Report of the Indian Hemp Drugs Commission, 1894-1895 - Volume VII
Year: 1894
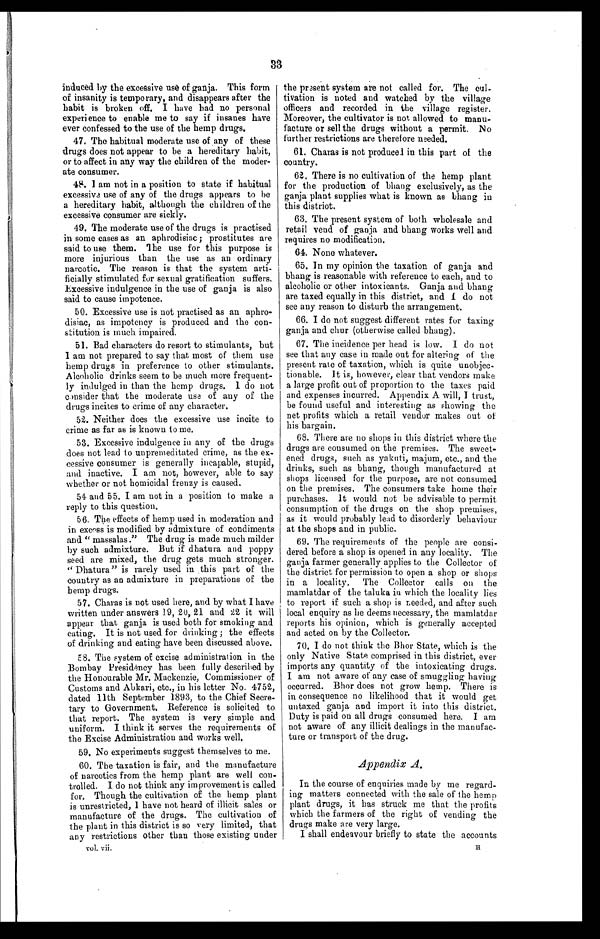
induced by the excessive use of ganja. This form
of insanity is temporary, and disappears after the
habit is broken off. I have had no personal
experience to enable me to say if insanes have
ever confessed to the use of the hemp drugs.
47. The habitual moderate use of any of these
drugs does not appear to be a hereditary habit,
or to affect in any way the children of the moder
-ate consumer.
48. I am not in a position to state if habitual
excessive use of any of the drugs appears to be
a hereditary habit, although the children of the
excessive consumer are sickly.
49.The moderate use of the drugs is practised
in some cases as an aphrodisiac ; prostitutes are
said to use them. The use for this purpose is
more injurious than the use as an ordinary
narcotic. The reason is that the system arti
-ficially stimulated for sexual gratification suffers.
Excessive indulgence in the use of ganja is also
said to cause impotence
.
50.Excessive use is not practised as an aphro
-disiac, as impotency is produced and the con
-stitution is much impaired.
51.Bad characters do resort to stimulants, but
I am not prepared to say that most of them use
hemp drugs in preference to other stimulants.
Alcoholic drinks seem to be much more frequent
-ly indulged in than the hemp drugs. I do not
consider that the moderate use of any of the
drugs incites to crime of any character
.
52. Neither does the excessive use incite to
crime as far as is known to me.
53. Excessive indulgence in any of the drugs
does not lead to unpremeditated crime, as the ex
-cessive consumer is generally incapable, stupid,
and inactive. I am not, however, able to say
whether or not homicidal frenzy is caused.
54. and 55. I am not in a position to make a
reply to this question.
56.The effects of hemp used in moderation and
in excess is modified by admixture of condiments
and " massalas." The drug is made much milder
by such admixture. But if dhatura and poppy
seed are mixed, the drug gets much stronger.
" Dhatura" is rarely used in this part of the
country as an admixture in preparations of the
hemp drugs.
57.Charas is not used here, and by what I have
written under answers 19,20, 21 and 22 it will
appear that ganja is used both for smoking and
eating. It is not used for drinking ; the effects
of drinking and eating have been discussed above
.
58. The system of excise administration in the
Bombay Presidency has been fully described by
the Honourable Mr. Mackenzie, Commissioner of
Customs and Abkari, etc., in his letter No. 4752,
dated 11th September 1893, to the Chief Secre
-tary to Government. Reference is solicited to
that report. The system is very simple and
uniform. I think it serves the requirements of
the Excise Administration and works well.
59.No experiments suggest themselves to me.
60 The taxation is fair, and the manufacture
of narcotics from the hemp plant are well con
-trolled. I do not think any improvement is called
for. Though the cultivation of the hemp plant
is unrestricted, I have not heard of illicit sales or
manufacture of the drugs. The cultivation of
the plant in this district is so very limited, that
any restrictions other than those existing under
vol. vii,
the present system are not called for. The cul
- t i v a t i o n i s n o t e d a n d w a t c h e d b y t h e v i l l a g e
officers and recorded in the village register.
Moreover, the cultivator is not allowed to manu
- f a c t u r e o r s e l l t h e d r u g s w i t h o u t a p e r m i t . N o
further restrictions are therefore needed.
6 1 . C h a r a s i s n o t p r o d u c e d i n t h i s p a r t o f t h e
country.
6 2 . T h e r e i s n o c u l t i v a t i o n o f t h e h e m p p l a n t
for the production of bhang exclusively, as the
ganja plant supplies what is known as bhang in
this distriot.
6 3 . T h e p r e s e n t s y s t e m o f b o t h w h o l e s a l e a n d
retail vend of ganja and bhang works well and
requires no modification.
6 4 . N o n e w h a t e v e r .
6 5 . I n m y o p i n i o n t h e t a x a t i o n o f g a n j a a n d
bhang is reasonable with reference to each, and to
alcoholic or other intoxicants. Ganja and bhang
are taxed equally in this district, and I do not
see any reason to disturb the arrangement.
6 6 . I d o n o t s u g g e s t d i f f e r e n t r a t e s f o r t a x i n g
ganja and chur (otherwise called bhang).
6 7 . T h e i n c i d e n c e p e r h e a d i s l o w . I d o n o t
see that any case in made out for altering of the
present rate of taxation, which is quite unobjec
- t i o n a b l e . I t i s , h o w e v e r , c l e a r t h a t v e n d o r s m a k e
a large profit out of proportion to the taxes paid
and expenses incurred. Appendix A will, I trust,
be found useful and interesting as showing the
net profits which a retail vendor makes out of
his bargain.
6 8 . T h e r e a r e n o s h o p s i n t h i s d i s t r i c t w h e r e t h e
drugs are consumed on the premises. The sweet
- e n e d d r u g s , s u c h a s y a k u t i , m a j u m , e t c . , a n d t h e
drinks, such as bhang, though manufactured at
shops licensed for the purpose, are not consumed
on the premises. The consumers take home their
purchases. it would not be advisable to permit
consumption of the drugs on the shop premises,
as it would probably lead to disorderly behaviour
at the shops and in public.
6 9 . T h e r e q u i r e m e n t s o f t h e p e o p l e a r e c o n s i
- d e r e d b e f o r e a s h o p i s o p e n e d i n a n y l o c a l i t y . T h e
ganja farmer generally applies to the Collector of
the district for permission to open a shop or shops
in a locality. The Collector calls on the
mamlatdar of the taluka in which the locality lies
to report if such a shop is needed, and after such
local enquiry as he deems necessary, the mamlatdar
reports his opinion, which is generally accepted
and acted on by the Collector.
7 0 . I d o n o t t h i n k t h e B h o r S t a t e , w h i c h i s t h e
only Native State comprised in this district, ever
imports any quantity of the intoxicating drugs.
I am not aware of any case of smuggling having
occurred. Bhor does not grow hemp. There is
in consequence no likelihood that it would get
untaxed ganja and import it into this district.
Duty is paid on all drugs consumed here. I am
not aware of any illicit dealings in the manufac
- t u r e o r t r a n s p o r t o f t h e d r u g .
Appendix A.
In the course of enquiries made by me regard
-ing matters connected with the sale of the hemp
plant drugs, it has struck me that the profits
which the farmers of the right of vending the
drugs make are very large.
I shall endeavour briefly to state the accounts
H.